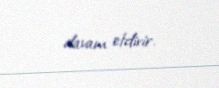
davam etdirir.